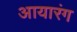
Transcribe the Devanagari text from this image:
आयारंग